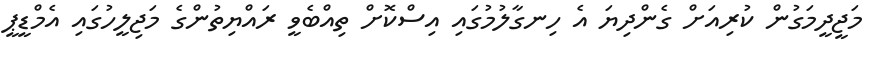
މަޖީދީމަގުން ކުރިއަށް ގެންދިޔަ އެ ހިނގާލުމުގައި އިސްކޮށް ތިއްބެވީ ރައްޔިތުންގެ މަޖިލީހުގައި އެމްޑީޕީ